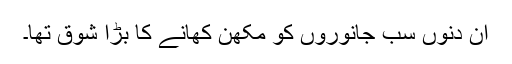
اُن دنوں سب جانوروں کو مکھّن کھانے کا بڑا شوق تھا۔